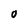
Character: 0